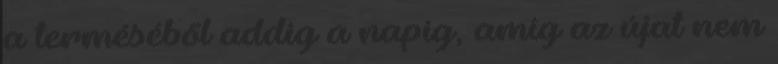
a terméséből addig a napig, amíg az újat nem